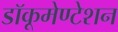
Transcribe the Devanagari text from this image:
डॉकूमेण्टेशन